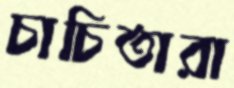
চাচিতারা